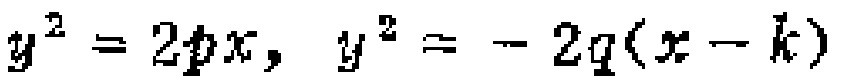
\(y^{2}=2px,\ y^{2}=-2q(x - k)\)